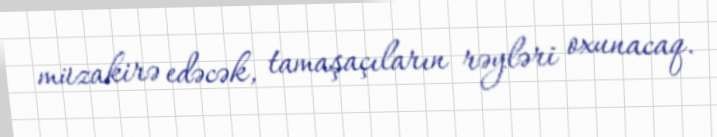
müzakirə edəcək, tamaşaçıların rəyləri oxunacaq.